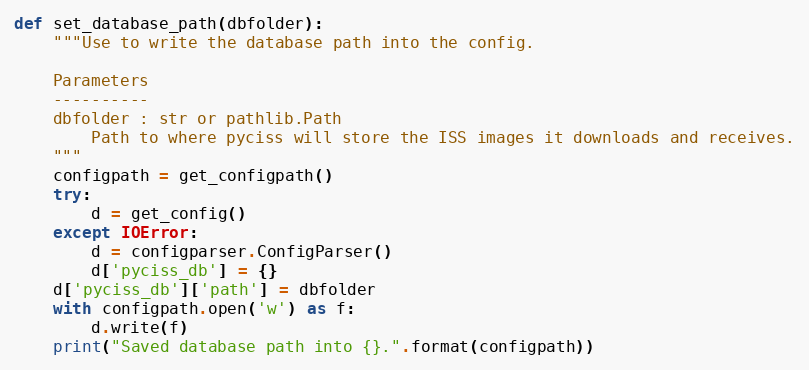
Language: Python
def set_database_path(dbfolder):
    """Use to write the database path into the config.

    Parameters
    ----------
    dbfolder : str or pathlib.Path
        Path to where pyciss will store the ISS images it downloads and receives.
    """
    configpath = get_configpath()
    try:
        d = get_config()
    except IOError:
        d = configparser.ConfigParser()
        d['pyciss_db'] = {}
    d['pyciss_db']['path'] = dbfolder
    with configpath.open('w') as f:
        d.write(f)
    print("Saved database path into {}.".format(configpath))